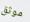
موثق